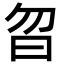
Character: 㫚